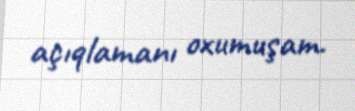
açıqlamanı oxumuşam.